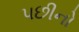
પછીનો